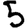
Digit: 5